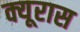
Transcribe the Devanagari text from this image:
क्यूरास